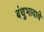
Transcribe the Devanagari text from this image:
बंधुभावाचे